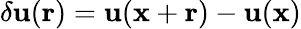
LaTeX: \delta{\mathbf u}({\mathbf r})={\mathbf u}({\mathbf x}+\mathbf{r})-{\mathbf u}({\mathbf x})